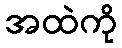
အထဲကို